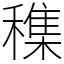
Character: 穕